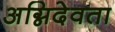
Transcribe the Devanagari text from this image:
अग्निदेवता